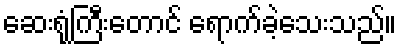
ဆေးရုံကြီးတောင် ရောက်ခဲ့သေးသည်။